Scottish Leaving Certificate Examination, 1957
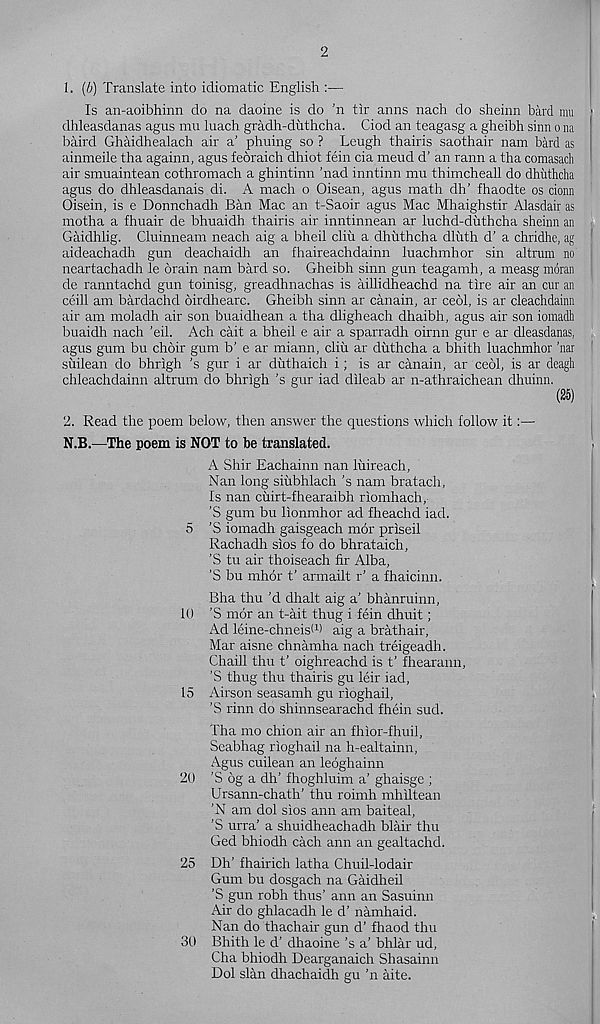
2
1. (b) Translate into idiomatic English :—
Is an-aoibhinn do na daoine is do ’n tir anns nach do sheinn bard mu
dhleasdanas agus mu luach gradh-duthcha. Ciod an teagasg a gheibh sinn o na
baird Ghaidhealach air a’ phuing so ? Leugh thairis saothair nam bard as
ainmeile tha againn, agus feoraich dhiot fein cia mend d’ an rann a tha comasadi
air smuaintean cothromach a ghintinn 'nad inntinn mu thimcheall do dhuthcha
agus do dhleasdanais di. A mach o Oisean, agus math dh’ fhaodte os cionn
Oisein, is e Donnchadh Ban Mac an t-Saoir agus Mac Mhaighstir Alasdair as
motha a fhuair de bhuaidh thairis air inntinnean ar luchd-diithcha sheinn an
Gaidhlig. Cluinneam neach aig a bheil cliu a dhuthcha dluth d’ a chridhe, ag
aideachadh gun deachaidh an fhaireachdainn luachmhor sin altrum no
neartachadh le brain nam bard so. Gheibh sinn gun teagamh, a measg moran
de ranntachd gun toinisg, greadhnachas is aillidheachd na tire air an cur an
ceill am bardachd birdhearc. Gheibh sinn ar canain, ar cebl, is ar cleachdainn
air am moladh air son buaidhean a tha dligheach dhaibh, agus air son iomadh
buaidh nach ’eil. Ach cait a bheil e air a sparradh oirnn gur e ar dleasdanas,
agus gum bu choir gum b’ e ar miann, cliu ar duthcha a bhith luachmhor ’nar
suilean do bhrigh ’s gur i ar duthaich i; is ar canain, ar cebl, is ar deagh
chleachdainn altrum do bhrigh’s gur iad dileab ar n-athraichean dhuinn.
(25)
2. Read the poem below, then answer the questions which follow it:—
N.B.—The poem is NOT to be translated.
A Shir Eachainn nan lirireach,
Nan long siiibhlach's nam bratach,
Is nan cuirt-fhearaibh riomhach,
’S gum bu lionmhor ad fheachd iad.
5 ’S iomadh gaisgeach mor priseil
Rachadh sios fo do bhrataich,
’S tu air thoiseach fir Alba,
’S bu mhor t’ armailt r’ a fhaicinn.
Bha thu'd dhalt aig a’ bhanruinn,
10 'S mbr an t-ait thug i fein dhuit;
Ad leine-chneisO) aig a brathair,
Mar aisne chnamha nach treigeadh.
Chaill thu t’ oighreachd is t’ fhearann,
’S thug thu thairis gu leir iad,
15 Airson seasamh gu rioghail,
'S rinn do shinnsearachd fhein such
Tha mo chion air an fhior-fhuil,
Seabhag rioghail na h-ealtainn,
Agus cuilean an leoghainn
20 ’S bg a dh’ fhoghluim a’ ghaisge ;
Ursann-chath’ thu roimh mhiltean
'N am dol sios ann am baiteal,
’S urra’ a shuidheachadh blair thu
Ged bhiodh each ann an gealtachd.
25 Dh’ fhairich latha Chuil-lodair
Gum bu dosgach na Gaidheil
'S gun robh thus’ ann an Sasuinn
Air do ghlacadh le d’ namhaid.
Nan do thachair gun d’ fhaod thu
30 Bhith le d’ dhaoine’s a’ bhlar ud,
Cha bhiodh Dearganaich Shasainn
Dol slan dhachaidh gu ’n aite.